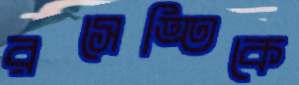
রসেত্তিকে